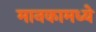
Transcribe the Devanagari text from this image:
मानकामध्ये